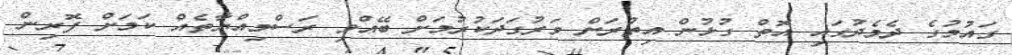
ގައުމުގެ ދެމެދުގައި އޮތް ގުޅުން އިތުރަށް ވަރުގަދަކުރުމަށް ބޭއްވި ރަސްމިއްޔާތެއް ކަމަށް ފޮރިން